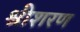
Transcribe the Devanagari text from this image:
श्रीशरण